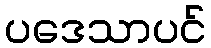
ပဒေသာပင်